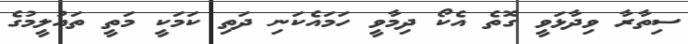
ސިތާރާ ވިދާޅަވީ ގޮތެ އެކޯ ދިމާވީ ހަމައެކަނި ދަތި ކަމަކީ މަތީ ތައުލީމުގެ